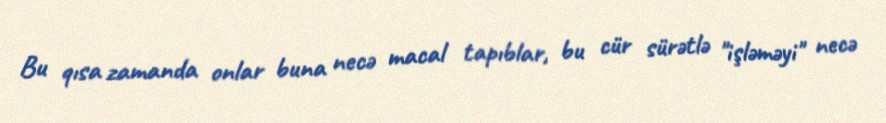
Bu qısa zamanda onlar buna necə macal tapıblar, bu cür sürətlə "işləməyi" necə